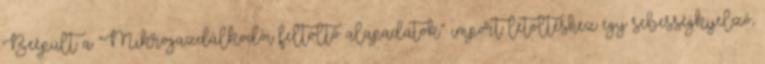
Beépült a “Mikrogazdálkodói feltöltő alapadatok” import letöltéshez egy sebességkijelző,